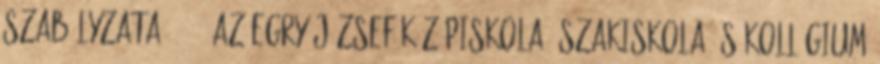
Szabályzata 2013. Az Egry József Középiskola, Szakiskola és Kollégium